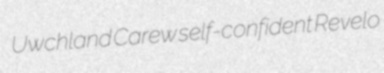
Uwchland Carew self-confident Revelo